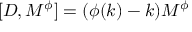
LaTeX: \lbrack D , M ^ { \phi } ] = ( \phi ( k ) - k ) M ^ { \phi }